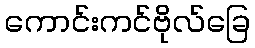
ကောင်းကင်ဗိုလ်ခြေ